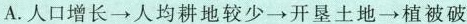
A.人口增长→人均耕地较少→开垦土地→植被破